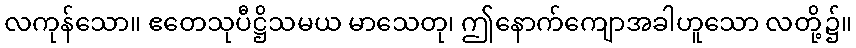
လကုန်သော။ ဧတေသုပီဋ္ဌိသမယ မာသေတု၊ ဤနောက်ကျောအခါဟူသော လတို့၌။